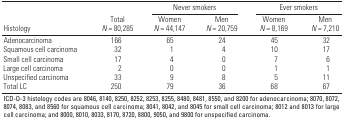
<table><thead><tr><td rowspan="2"><b>Histology</b></td><td rowspan="2"><b>Total <i>N</i> = 80,285</b></td><td colspan="2"><b>Never smokers</b></td><td colspan="2"><b>Ever smokers</b></td></tr><tr><td><b>Women <i>N</i> = 44,147</b></td><td><b>Men <i>N</i> = 20,759</b></td><td><b>Women <i>N</i> = 8,169</b></td><td><b>Men <i>N</i> = 7,210</b></td></tr></thead><tbody><tr><td><b>Adenocarcinoma</b></td><td>166</td><td>65</td><td>24</td><td>45</td><td>32</td></tr><tr><td><b>Squamous cell carcinoma</b></td><td>32</td><td>1</td><td>4</td><td>10</td><td>17</td></tr><tr><td><b>Small cell carcinoma</b></td><td>17</td><td>4</td><td>0</td><td>7</td><td>6</td></tr><tr><td><b>Large cell carcinoma</b></td><td>2</td><td>0</td><td>0</td><td>1</td><td>1</td></tr><tr><td><b>Unspecified carcinoma</b></td><td>33</td><td>9</td><td>8</td><td>5</td><td>11</td></tr><tr><td><b>Total LC</b></td><td>250</td><td>79</td><td>36</td><td>68</td><td>67</td></tr><tr><td colspan="6">ICD-O-3 histology codes are 8046, 8140, 8250, 8252, 8253, 8255, 8480, 8481, 8550, and 8200 for adenocarcinoma; 8070, 8072, 8074, 8083, and 8560 for squamous cell carcinoma; 8041, 8042, and 8045 for small cell carcinoma; 8012 and 8013 for large cell carcinoma; and 8000, 8010, 8033, 8170, 8720, 8800, 9050, and 9800 for unspecified carcinoma.</td></tr></tbody></table>